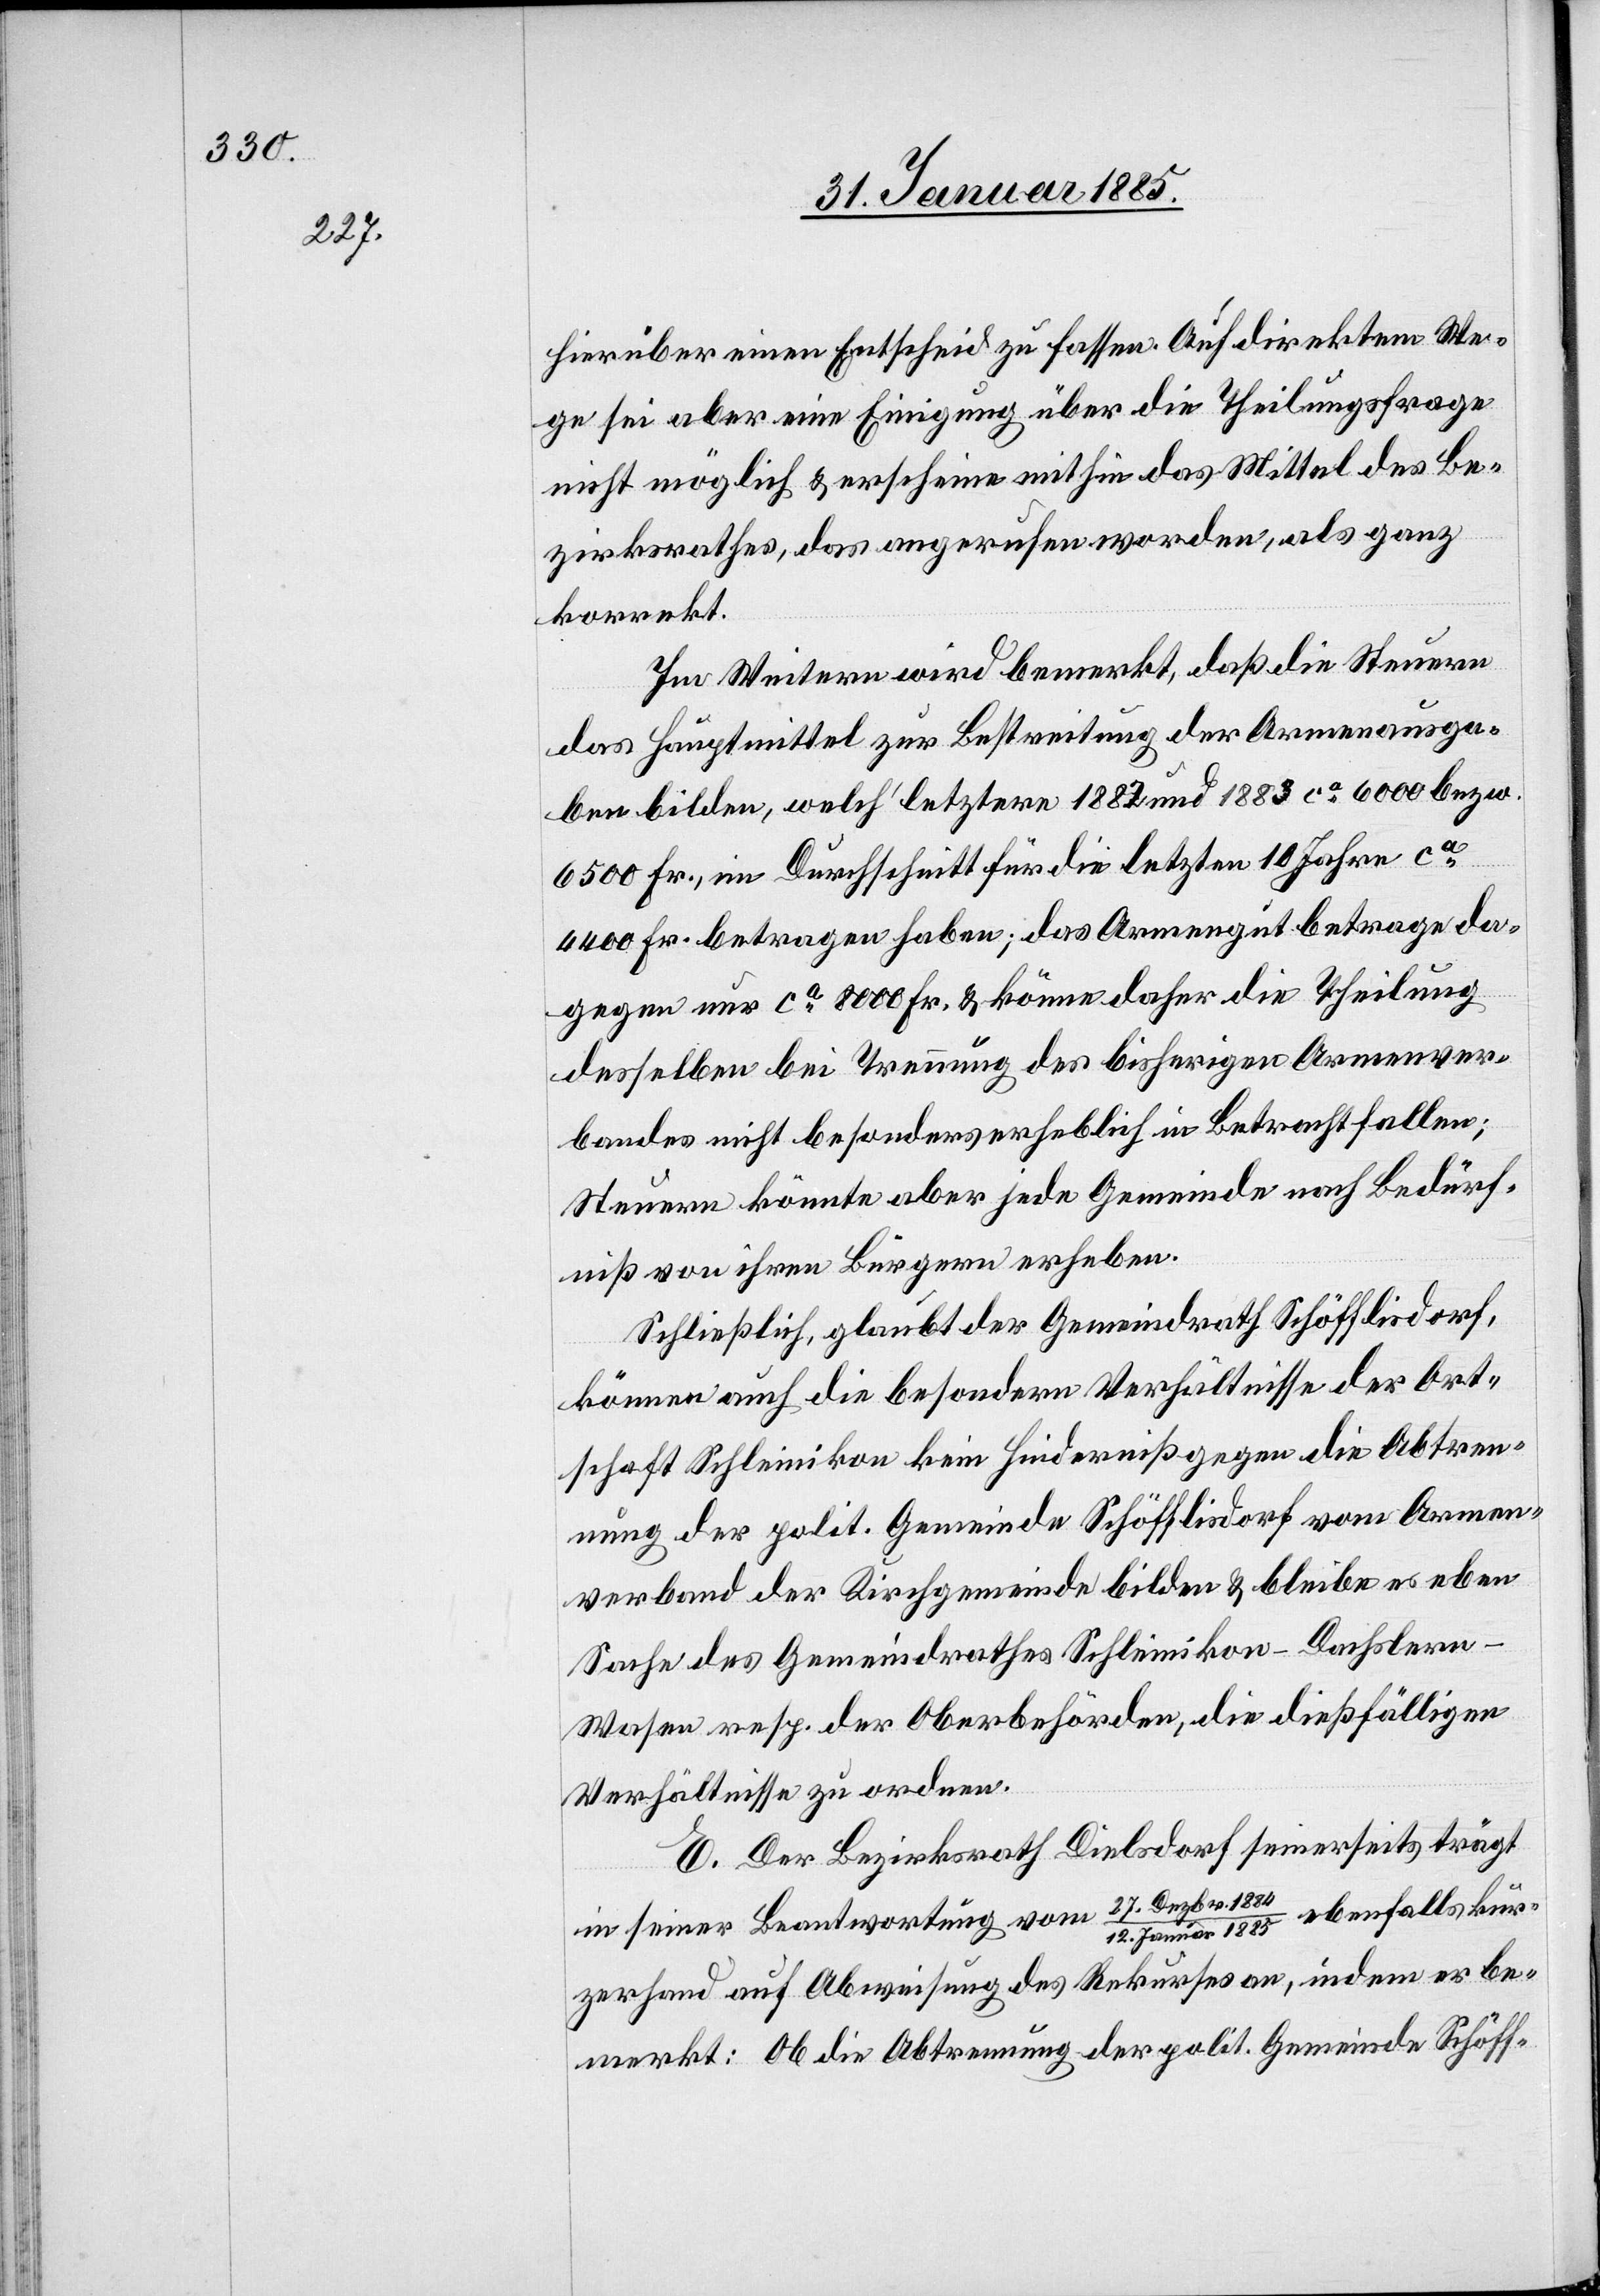
hierüber einen Entscheid zu fassen. Auf direktem We¬
ge sei aber eine Einigung über die Theilungsfrage
nicht möglich & erscheine mithin das Mittel des Be¬
zirksrathes, das angerufen worden, als ganz
korrekt.
Im Weitern wird bemerkt, das die Steuern
das Hauptmittel zur Bestreitung der Armenausga¬
ben bilden, welch’ letztere 1882 und 1883 ca 6000 bezw.
6500 Fr., im Durchschnitt für die letzten 10 Jahre ca
4400 Fr. betragen haben; das Armengut betrage da¬
gegen nur ca 8000 Fr. & könne daher die Theilung
desselben bei Trennung des bisherigen Armenver¬
bandes nicht besonders erheblich in Betracht fallen;
Steuern könnte aber jede Gemeinde nach Bedürf¬
niß von ihren Bürgern erheben.
Schließlich, glaubt der Gemeindrath Schöfflisdorf,
können auch die besondern Verhältnisse der Ort¬
schaft Schleinikon kein Hinderniß gegen die Abtren¬
nung der polit. Gemeinde Schöfflisdorf vom Armen¬
verband der Kirchgemeinde bilden & bleibe es eben
Sache des Gemeindrathes Schleinikon-Dachsler¬
n-Wasen resp. der Oberbehörde, die dießfälligen
Verhältnisse zu ordnen.
E. Der Bezirksrath Dielsdorf seinerseits trägt
1885 ebenfalls kur¬
in seiner Beantwortung vom 27. Dezbr. 1884/12.
Januar
zerhand auf Abweisung des Rekurses an, indem er be¬
merkt: Ob die Abtrennung der polit. Gemeinde Schöff-